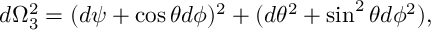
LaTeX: d \Omega _ { 3 } ^ { 2 } = ( d \psi + \cos \theta d \phi ) ^ { 2 } + ( d \theta ^ { 2 } + \sin ^ { 2 } \theta d \phi ^ { 2 } ) ,